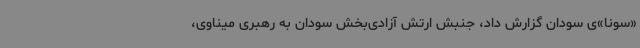
«سونا»ی سودان گزارش داد، جنبش ارتش آزادی‌بخش سودان به رهبری میناوی،